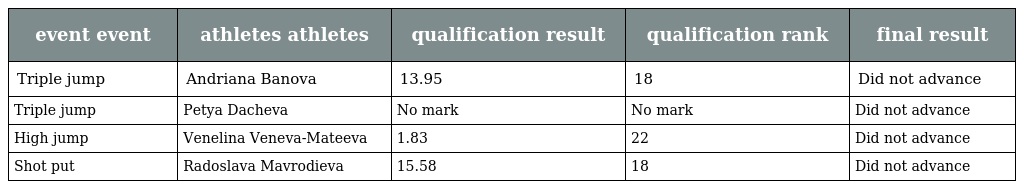
| event event | athletes athletes | qualification result | qualification rank | final result |
 | --- | --- | --- | --- | --- |
 | Triple jump | Andriana Banova | 13.95 | 18 | Did not advance |
 | Triple jump | Petya Dacheva | No mark | No mark | Did not advance |
 | High jump | Venelina Veneva-Mateeva | 1.83 | 22 | Did not advance |
 | Shot put | Radoslava Mavrodieva | 15.58 | 18 | Did not advance |